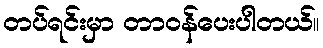
တပ်ရင်းမှာ တာဝန်ပေးပါတယ်။